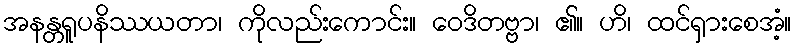
အနန္တရူပနိဿယတာ၊ ကိုလည်းကောင်း။ ဝေဒိတဗ္ဗာ၊ ၏။ ဟိ၊ ထင်ရှားစေအံ့။